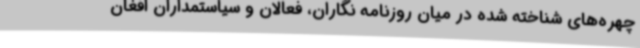
چهره‌های شناخته شده در میان روزنامه نگاران، فعالان و سیاستمداران افغان